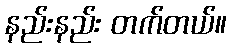
နည်းနည်း တက်တယ်။